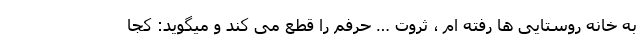
به خانه روستایی ها رفته ام ، ثروت … حرفم را قطع می کند و میگوید: کجا